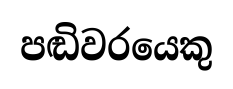
පඬිවරයෙකු